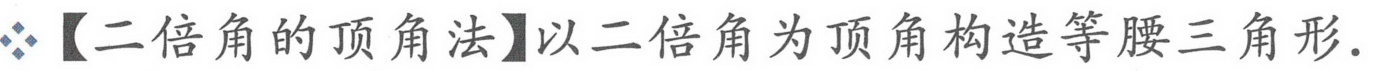
【二倍角的顶角法】以二倍角为顶角构造等腰三角形.